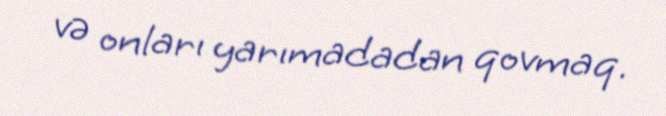
və onları yarımadadan qovmaq.